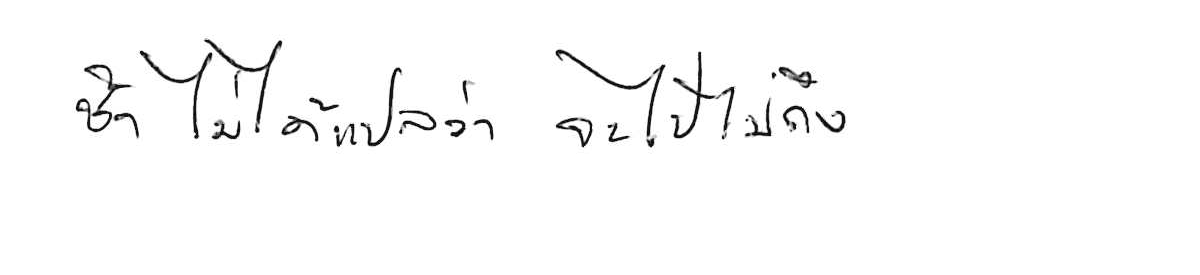
ช้า ไม่ได้แปลว่า จะไปไม่ถึง